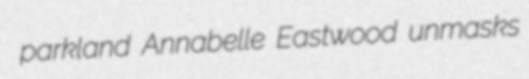
parkland Annabelle Eastwood unmasks